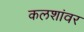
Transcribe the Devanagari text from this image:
कलशांवर